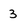
Character: 3